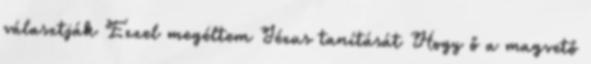
választják Ezzel megéltem Jézus tanítását Hogy ő a magvető